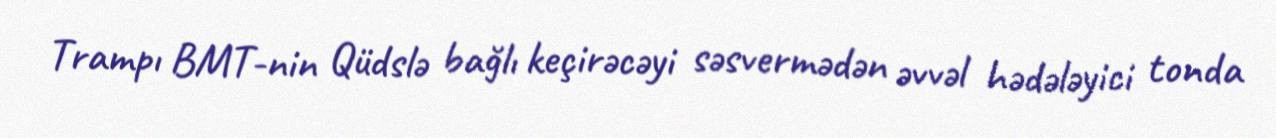
Trampı BMT-nin Qüdslə bağlı keçirəcəyi səsvermədən əvvəl hədələyici tonda